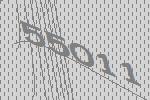
55011